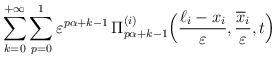
LaTeX: \begin{align*} \sum\limits_{k=0}^{+\infty} \sum\limits_{p=0}^{1} \varepsilon^{p\alpha +k -1} \, \Pi^{(i)}_{p\alpha +k -1}\Big( \frac{\ell_i - x_i}{\varepsilon}, \dfrac{\overline{x}_i}{\varepsilon}, t \Big)\end{align*}